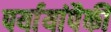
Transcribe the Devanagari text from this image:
पर्यायांपैकी